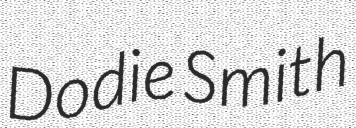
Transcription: Dodie Smith